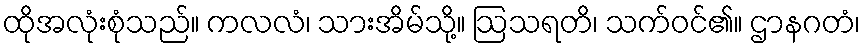
ထိုအလုံးစုံသည်။ ကလလံ၊ သားအိမ်သို့။ ဩသရတိ၊ သက်ဝင်၏။ ဌာနဂတံ၊